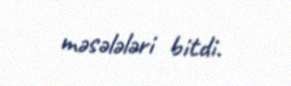
məsələləri bitdi.